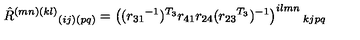
\hat { R } ^ { ( m n ) ( k l ) } { } _ { ( i j ) ( p q ) } = \left( ( { r _ { 3 1 } } ^ { - 1 } ) ^ { T _ { 3 } } r _ { 4 1 } r _ { 2 4 } ( { r _ { 2 3 } } ^ { T _ { 3 } } ) ^ { - 1 } \right) ^ { i l m n } { } _ { k j p q }